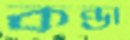
কন্ডা